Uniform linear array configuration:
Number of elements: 64
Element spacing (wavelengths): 1
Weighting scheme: binomial
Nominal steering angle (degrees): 15
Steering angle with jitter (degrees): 13.782
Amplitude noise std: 0.05
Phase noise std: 0.05

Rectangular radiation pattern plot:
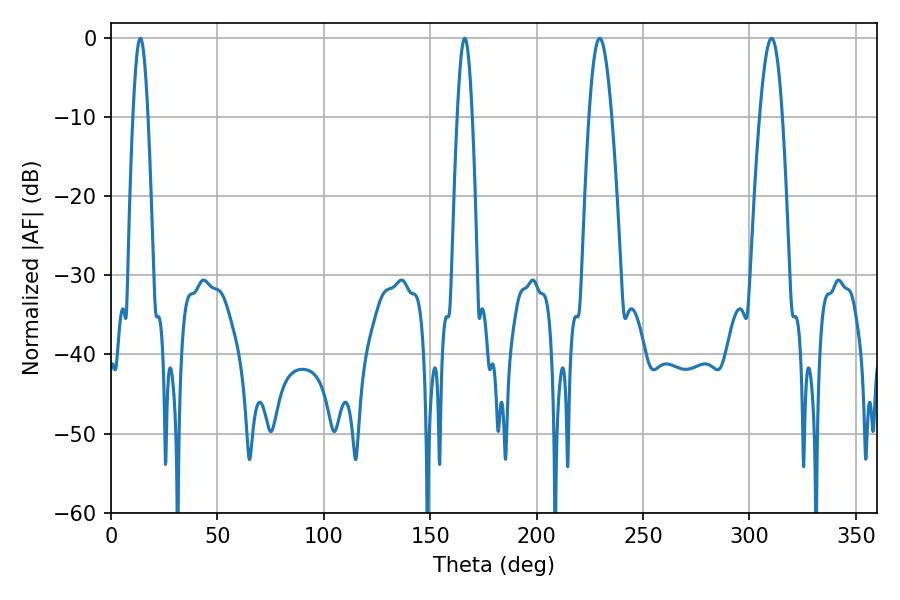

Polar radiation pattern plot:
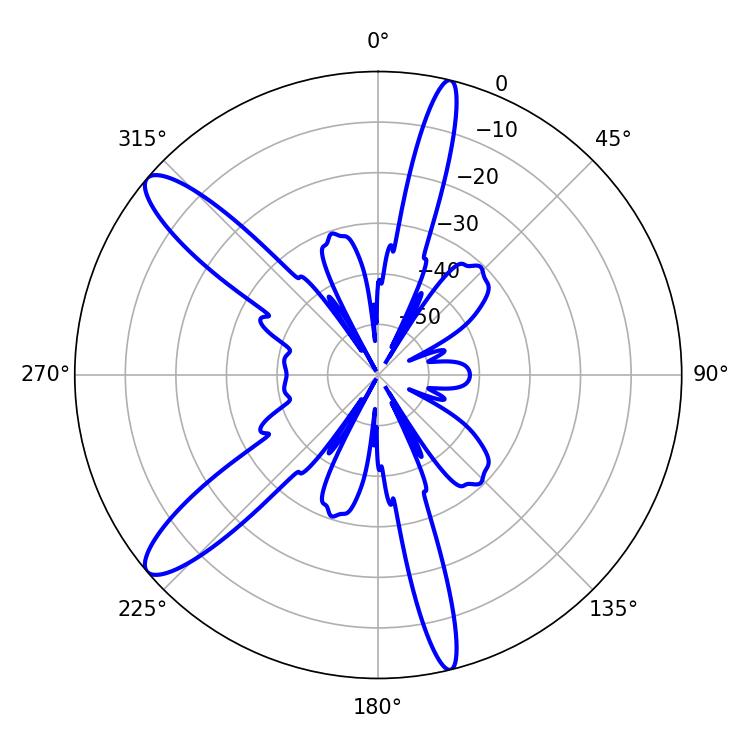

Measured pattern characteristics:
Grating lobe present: TRUE
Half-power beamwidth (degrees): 5.76
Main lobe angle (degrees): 229.68